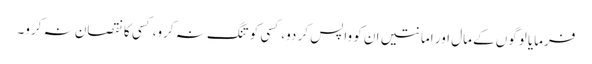
فرمایا لوگوں کے مال اور امانتیں ان کو واپس کر دو، کسی کو تنگ نہ کرو،کسی کا نقصان نہ کرو۔